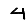
Digit: 4